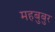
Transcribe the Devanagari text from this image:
महबुबुर